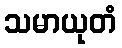
သမာယုတံ